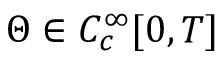
\Theta \in C _ { c } ^ { \infty } [ 0 , T ]